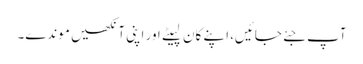
آپ جئے جائیں، اپنے کان لپیٹے اور اپنی آنکھیں موندے۔